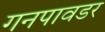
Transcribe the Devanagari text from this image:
गनपावडर